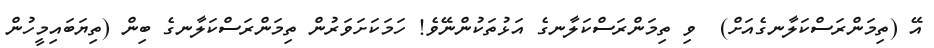
އޭ (ތިމަންރަސްކަލާނގެއަށް)  ވި ތިމަންރަސްކަލާނގެ އަޅުތަކުންނޭވެ! ހަމަކަށަވަރުން ތިމަންރަސްކަލާނގެ ބިން (ތިޔަބައިމީހުން